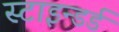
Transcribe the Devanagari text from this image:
स्टाइन्डर्ड